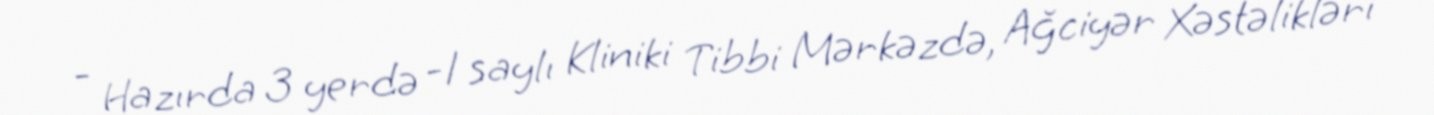
- Hazırda 3 yerdə -1 saylı Kliniki Tibbi Mərkəzdə, Ağciyər Xəstəlikləri